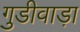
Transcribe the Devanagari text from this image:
गुडीवाड़ा